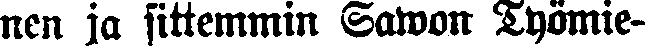
nen ja sittemmin Sawon Työmie-